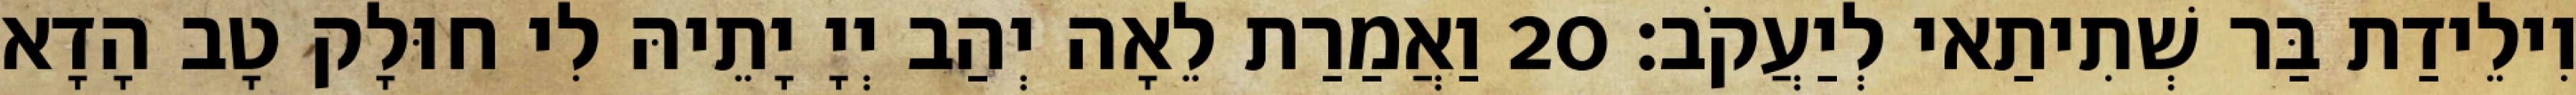
וִילֵידַת בַּר שְׁתִיתַאי לְיַעֲקֹב׃ 20 וַאֲמַרַת לֵאָה יְהַב יְיָ יָתֵיהּ לִי חוּלָק טָב הָדָא